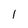
Character: l